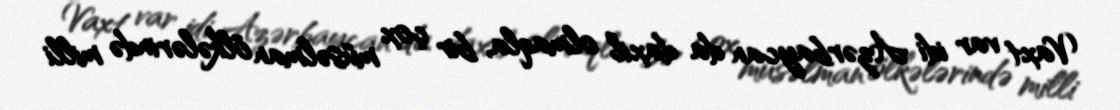
Vaxt var idi Azərbaycan da daxil olmaqla, bir çox müsəlman ölkələrində milli